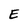
Character: E